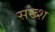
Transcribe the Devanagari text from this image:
सख्श